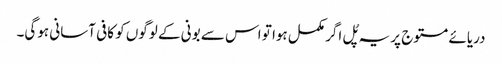
دریائے مستوج پر یہ پُل اگر مکمل ہوا تو اس سے بونی کے لوگوں کو کافی آسانی ہوگی۔